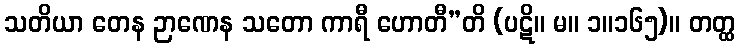
သတိယာ တေန ဉာဏေန သတော ကာရီ ဟောတီ”တိ (ပဋိ။ မ။ ၁။၁၆၅)။ တတ္ထ